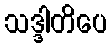
သဒ္ဒါတိပေ